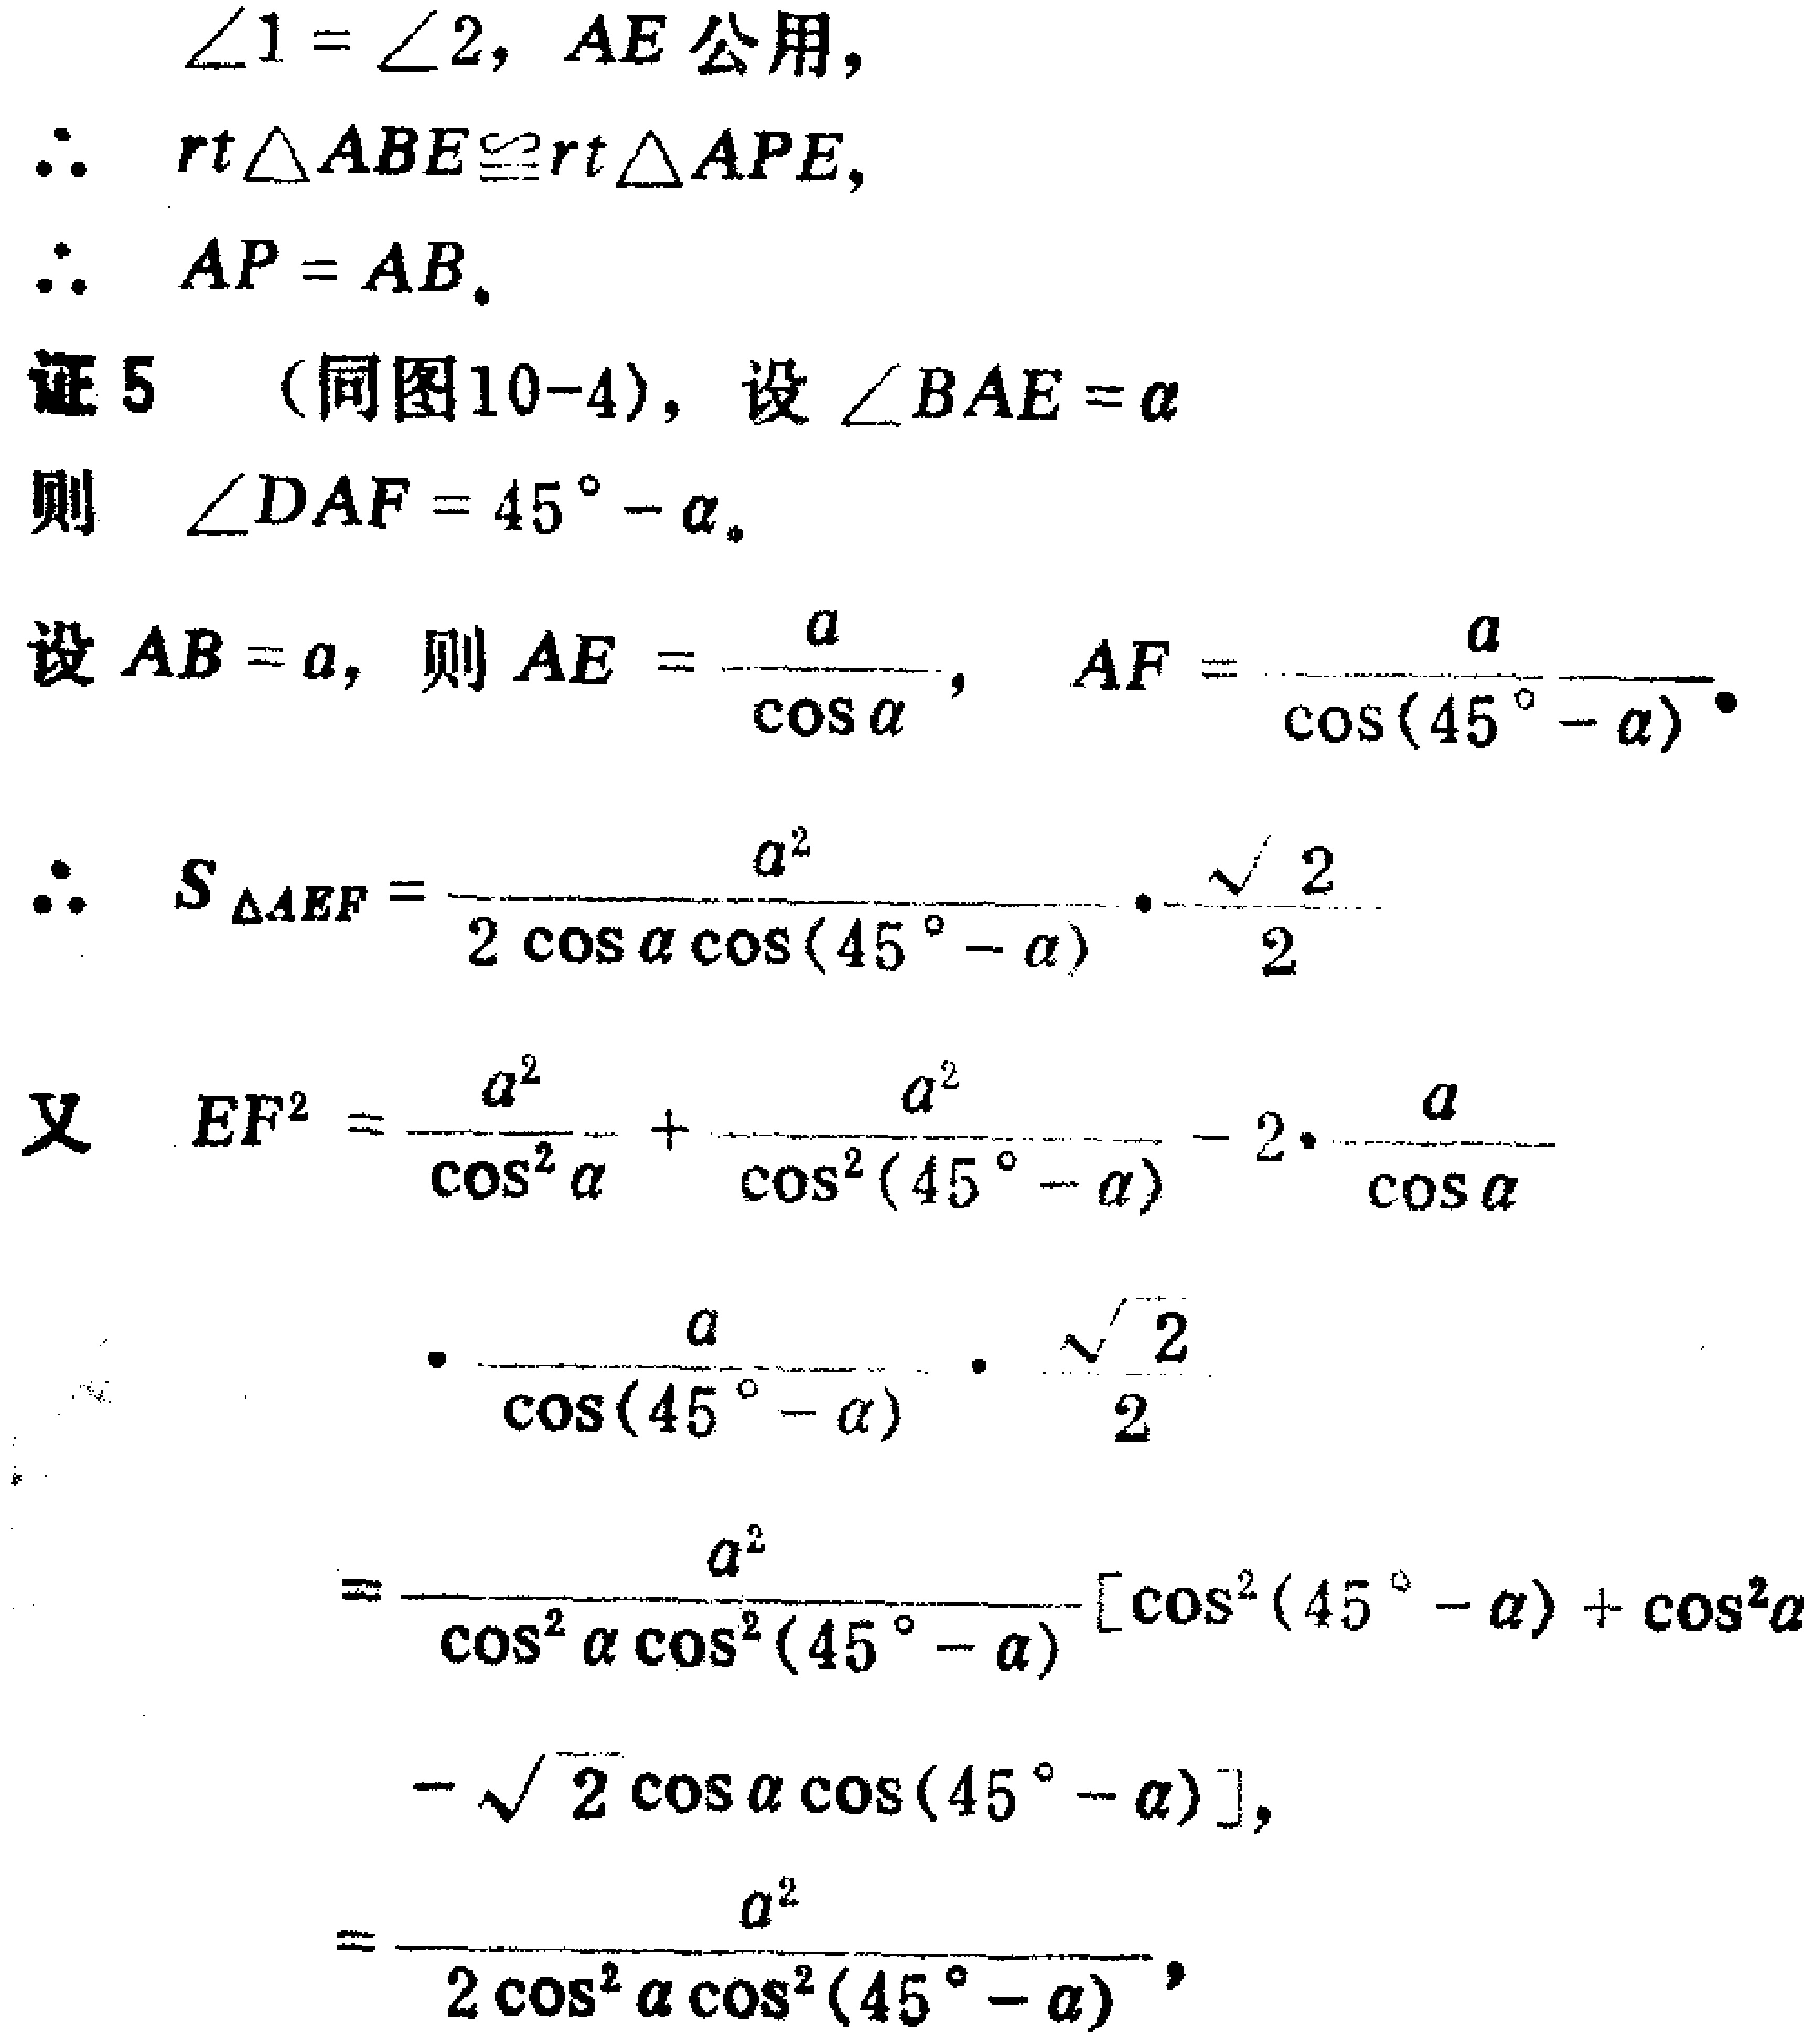
$\angle 1 = \angle 2, AE\text{ 公用},$

$\therefore rt\triangle ABE\cong rt\triangle APE,$

$\therefore AP = AB.$

证 5 （同图10 - 4），设 $\angle BAE = \alpha$

则 $\angle DAF = 45^{\circ}-\alpha$。

设 $AB = a$，则 $AE = \frac{a}{\cos\alpha}, AF = \frac{a}{\cos(45^{\circ}-\alpha)}$。

$\therefore S_{\triangle AEF}=\frac{a^{2}}{2\cos\alpha\cos(45^{\circ}-\alpha)}\cdot\frac{\sqrt{2}}{2}$

又 $EF^{2}=\frac{a^{2}}{\cos^{2}\alpha}+\frac{a^{2}}{\cos^{2}(45^{\circ}-\alpha)}-2\cdot\frac{a}{\cos\alpha}$

$\cdot\frac{a}{\cos(45^{\circ}-\alpha)}\cdot\frac{\sqrt{2}}{2}$

$=\frac{a^{2}}{\cos^{2}\alpha\cos^{2}(45^{\circ}-\alpha)}[\cos^{2}(45^{\circ}-\alpha)+\cos^{2}\alpha$

$-\sqrt{2}\cos\alpha\cos(45^{\circ}-\alpha)],$

$=\frac{a^{2}}{2\cos^{2}\alpha\cos^{2}(45^{\circ}-\alpha)},$